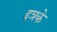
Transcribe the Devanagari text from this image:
इत्रके